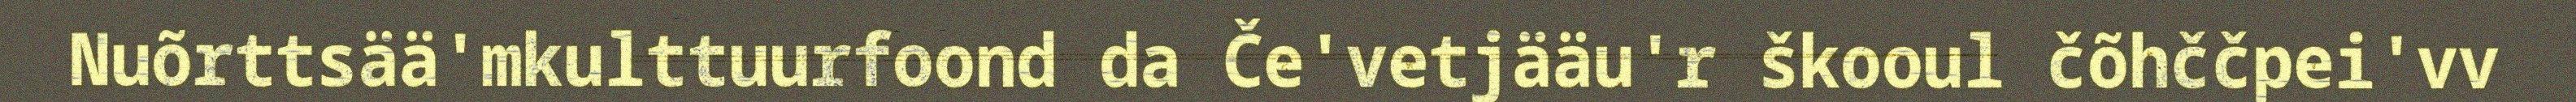
Nuõrttsää'mkulttuurfoond da Če'vetjääu'r škooul čõhččpei'vv